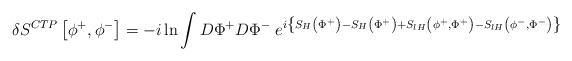
\begin{align*}\delta S^{CTP}\left[ \phi ^+,\phi ^-\right] =-i\ln \int D\Phi ^+D\Phi ^-\;e^{i\left\{ S_H\left( \Phi ^+\right) -S_H\left( \Phi ^+\right) +S_{lH}\left(\phi ^+,\Phi ^+\right) -S_{lH}\left( \phi ^-,\Phi ^-\right) \right\} }\end{align*}